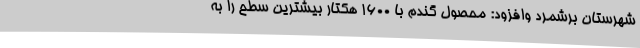
شهرستان برشمرد وافزود: محصول گندم با 1600 هکتار بیشترین سطح را به